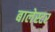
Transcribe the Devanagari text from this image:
बालेस्टर